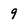
Character: 9